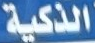
الذكية